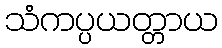
သံကပ္ပယတ္တာယ